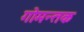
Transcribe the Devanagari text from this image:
गोमन्तक